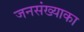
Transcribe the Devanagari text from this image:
जनसंख्याका